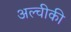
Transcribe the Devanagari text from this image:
अल्चीकी